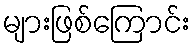
များဖြစ်ကြောင်း